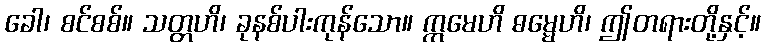
ခေါ၊ စင်စစ်။ သတ္တဟိ၊ ခုနစ်ပါးကုန်သော။ ဣမေဟိ ဓမ္မေဟိ၊ ဤတရားတို့နှင့်။